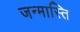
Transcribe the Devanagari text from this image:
जन्मास्ति